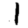
Digit: 1